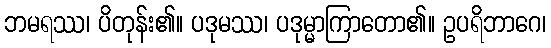
ဘမရဿ၊ ပိတုန်း၏။ ပဒုမဿ၊ ပဒုမ္မာကြာတော၏။ ဥပရိဘာဂေ၊